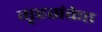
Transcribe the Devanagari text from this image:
गृहसंकेत